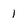
Character: 1